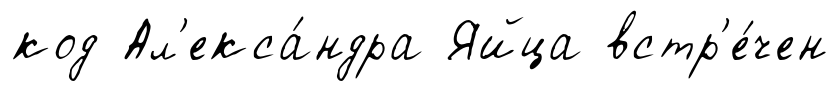
код Ал'екса́ндра Яйца встр'е́чен